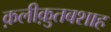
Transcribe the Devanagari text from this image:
क़लीक़ुतबशाह